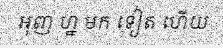
អុញ ហ្ន មក ទៀត ហើយ